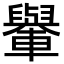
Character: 轝